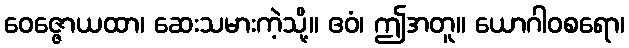
ဝေဇ္ဇောယထာ၊ ဆေးသမားကဲ့သို့။ ဧဝံ၊ ဤအတူ။ ယောဂါဝစရော၊